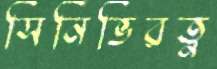
সিনিভিরত্ন